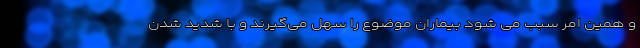
و همین امر سبب می شود بیماران موضوع را سهل می‌گیرند و با شدید شدن